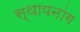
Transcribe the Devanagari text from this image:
स्थापनांग